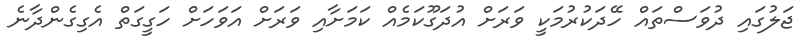
ޖަލުގައި ދުވަސްތައް ހޭދަކުރުމަކީ ވަރަށް އުދަގޫކަމެއް ކަމަށާއި ވަރަށް އަވަހަށް ހަގީގަތް އެގިގެންދާނެ